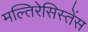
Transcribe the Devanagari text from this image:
मल्तिरेसिस्तेंस